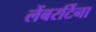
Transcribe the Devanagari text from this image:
लेंबरर्टिना